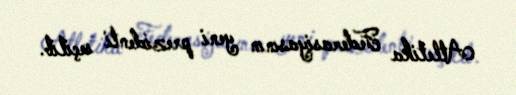
Atletika Federasiyasının yeni prezidenti seçilib.